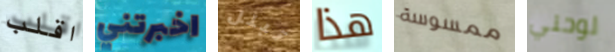
اقلب اخبرتني تبلل هذا ممسوسة لوحتي